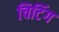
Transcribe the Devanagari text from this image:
चिटिंग